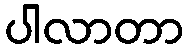
ပါလာတာ